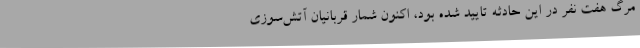
مرگ هفت نفر در این حادثه تایید شده بود، اکنون شمار قربانیان آتش‌سوزی